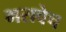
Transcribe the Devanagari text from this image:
भरावेच